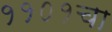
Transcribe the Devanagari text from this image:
११०१चा